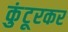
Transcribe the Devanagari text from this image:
कुंटूरकर